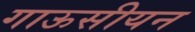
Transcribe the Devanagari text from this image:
गाऊसीयन